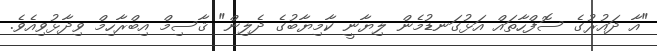
"އާ ދައުރުގެ ސޮފްހާތައް އަޅުގަނޑުމެން ލިޔާނީ ކާމިޔާބުގެ ދެލިން" ޤާސިމް އިބްރާހިމް ވިދާޅުވިއެވެ.